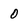
Character: 0